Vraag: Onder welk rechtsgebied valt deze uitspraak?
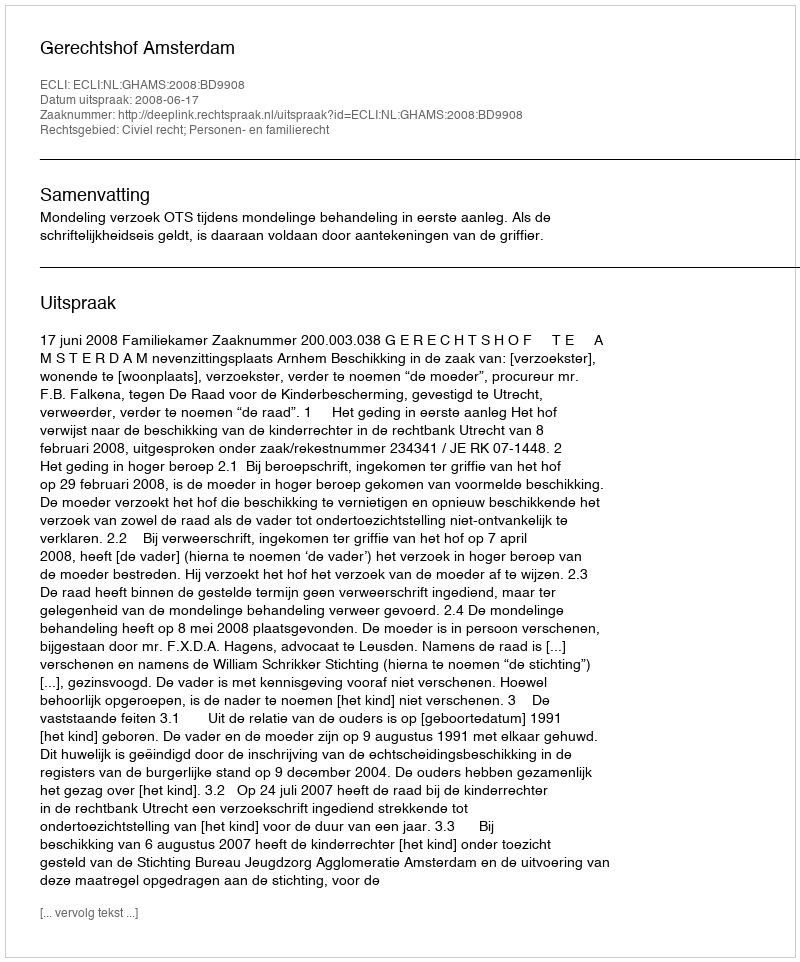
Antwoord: Civiel recht; Personen- en familierecht